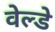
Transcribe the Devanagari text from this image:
वेल्डे